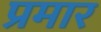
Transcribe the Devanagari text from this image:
प्रमार